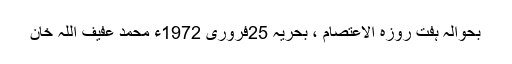
بحوالہ ہفت روزہ الاعتصام ، بحریہ 25فروری 1972ء محمد عفیف اللہ خان